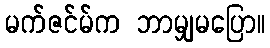
မက်ဇင်မ်က ဘာမျှမပြော။